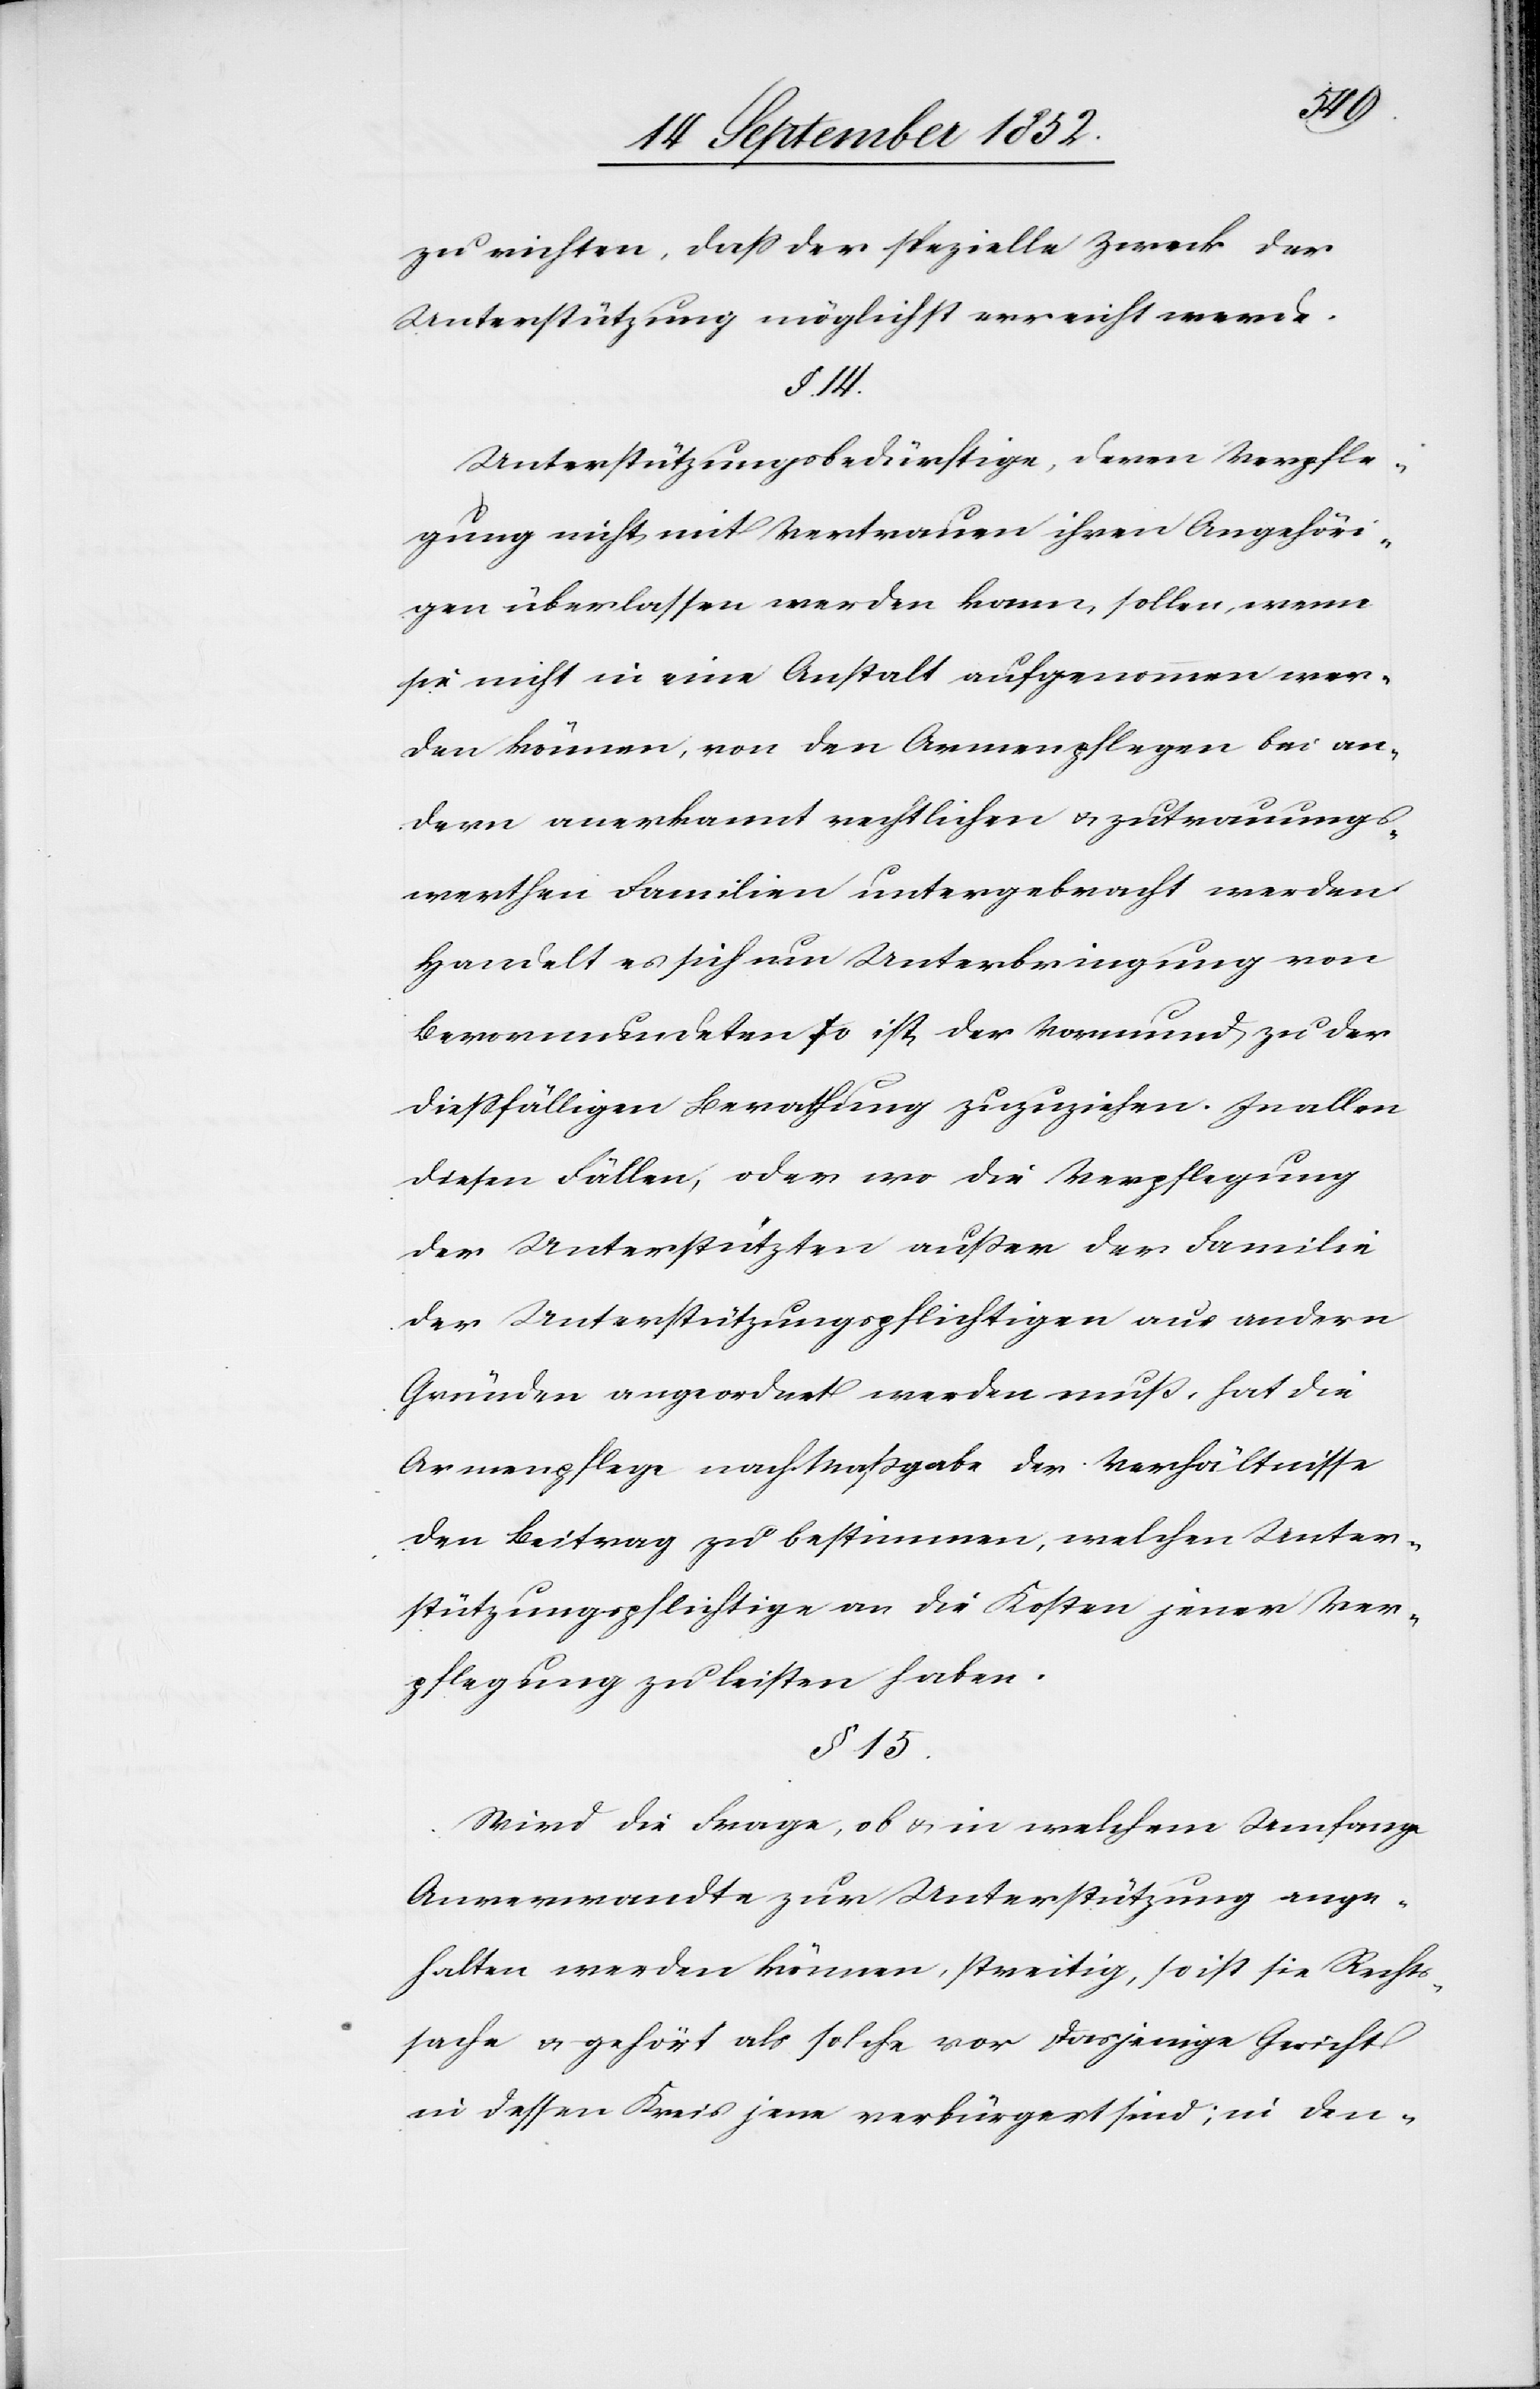
zu richten, dass der spezielle Zweck der
Unterstützung möglichst erreicht werde.
§. 14.
Unterstützungsbedürftige, deren Verpfle¬
gung nicht mit Vertrauen ihren Angehöri¬
gen überlassen werden kann, sollen, wenn
sie nicht in eine Anstalt aufgenommen wer¬
den können, von den Armenpflegen bei an¬
dern anerkannt rechtlichen & zutrauungs¬
werthen Familien untergebracht werden.
Handelt es sich um Unterbringung von
Bevormundeten so ist der Vormund zu der
diessfälligen Berathung zuzuziehen. In allen
diesen Fällen, oder wo die Verpflegung
der Unterstützten außer der Familie
der Unterstützungspflichtigen aus andern
Gründen angeordnet werden muß, hat die
Armenpflege nach Maßgabe der Verhältnisse
den Beitrag zu bestimmen, welchen Unter¬
stützungspflichtige an die Kosten jener Ver¬
pflegung zu leisten haben.
§ 15.
Wird die Frage, ob & in welchem Umfange
Anverwandte zur Unterstützung ange¬
halten werden können, streitig, so ist sie Rechts¬
sache & gehört als solche vor dasjenige Gericht
in dessen Kreis jene verbürgert sind; in den-